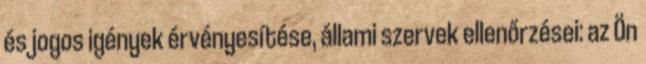
és jogos igények érvényesítése, állami szervek ellenőrzései: az Ön